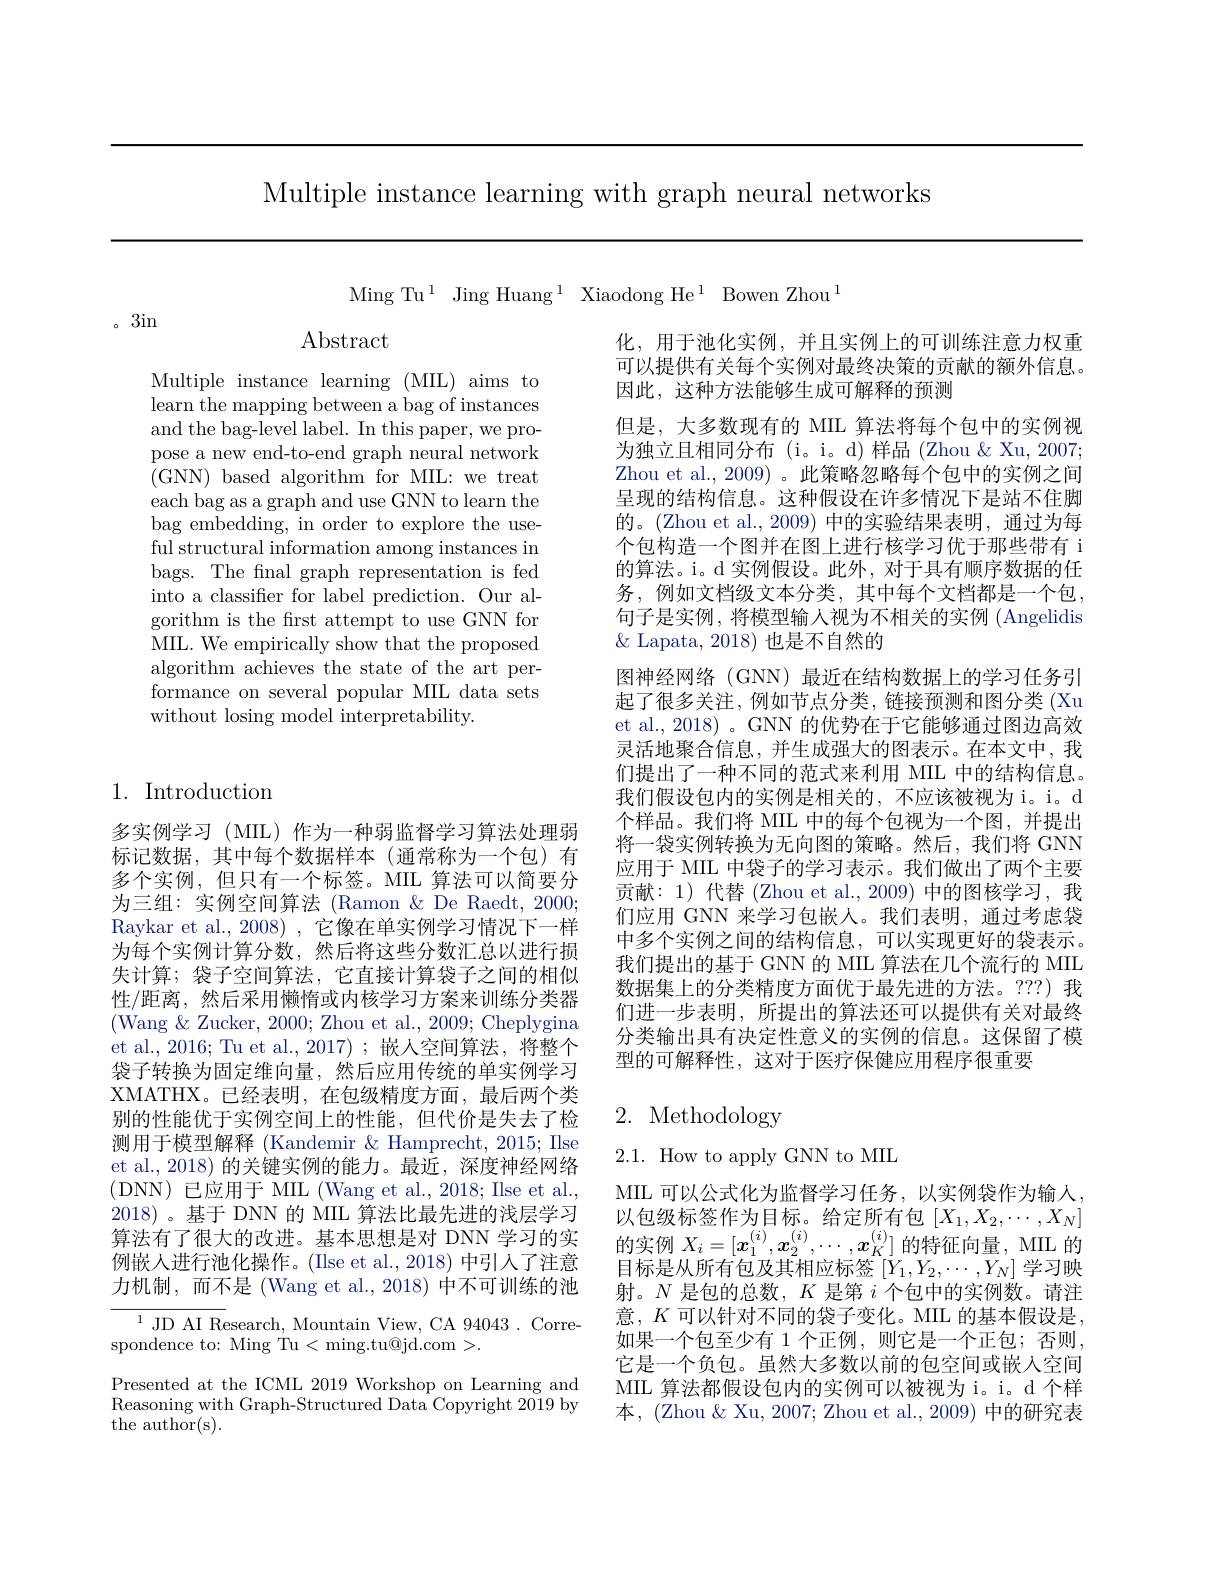
Multiple instance learning with graph neural networks

Ming Tu$^1$Jing Huang$^1$Xiaodong He$^1$Bowen Zhou$^1$

3in

$\operatorname{Abstract}$

Multiple instance learning (MIL) aims to learn the mapping between a bag of instances and the bag-level label. In this paper, we propose a new end-to-end graph neural network ( GNN) based algorithm for MIL: we treat each bag as a graph and use GNN to learn the bag embedding, in order to explore the useful structural information among instances in bags. The final graph representation is fed into a classifer for label prediction. Our algorithm is the first attempt to use GNN for MIL. We empirically show that the proposed algorithm achieves the state of the art performance on several popular MIL data sets without losing model interpretability.

1. Introduction

多实例学习(MIL)作为一种弱监督学习算法处理弱标记数据，其中每个数据样本(通常称为一个包)有多个实例，但只有一个标签。MIL 算法可以简要分为三组：实例空间算法 (Ramon & De Raedt, 2000; Raykar et al., 2008) , 它像在单实例学习情况下一样为每个实例计算分数，然后将这些分数汇总以进行损失计算；袋子空间算法，它直接计算袋子之间的相似性/距离，然后采用懒惰或内核学习方案来训练分类器(Wang & Zucker, 2000; Zhou et al., 2009; Cheplygina et al., 2016; Tu et al., 2017); 嵌人空间算法，将整个袋子转换为固定维向量，然后应用传统的单实例学习XMATHX。已经表明，在包级精度方面，最后两个类别的性能优于实例空间上的性能，但代价是失去了检测用于模型解释 (Kandemir & Hamprecht, 2015; Ilse et al.,2018) 的关键实例的能力。最近，深度神经网络(DNN)已应用于 MIL (Wang et al., 2018; Ilse et al., 2018) 。基 于 DNN 的 MIL 算 法 比 最 先 进 的 浅 层 学 习 以 包 级 标 签 作 为 目 标 。给 定 所 有 包 $[ X_{1}, X_{2}, \cdots , X_{N}]$ 算 法 有 了 很 大 的 改 进 。基 本 思 想 是 对 DNN 学 习 的 实 的 实 例 $X_{i}= [ x_{1}^{( i) }, x_{2}^{( i) }, \cdots , x_{K}^{( i) }]$的 特 征 向 量 , MIL 的
例嵌人进行池化操作。(Ilse et al.,2018)中引入了注意力机制，而不是 (Wang et al., 2018) 中不可训练的池$^{1}$JD AI Research, Mountain View, CA 94043. Correspondence to: Ming Tu< ming.tu@jd.com>.

Presented at the ICML 2019 Workshop on Learning and Reasoning with Graph-Structured Data Copyright 2019 by the author(s).

化，用于池化实例，并且实例上的可训练注意力权重可以提供有关每个实例对最终决策的贡献的额外信息。因此，这种方法能够生成可解释的预测
但是，大多数现有的 MIL 算法将每个包中的实例视为独立且相同分布(i。i。d)样品(Zhou & Xu, 2007; Zhou et al., 2009) 。此策略忽略每个包中的实例之间呈现的结构信息。这种假设在许多情况下是站不住脚的。(Zhou et al.,2009) 中的实验结果表明，通过为每个包构造一个图并在图上进行核学习优于那些带有 i 的算法。i。d 实例假设。此外，对于具有顺序数据的任务，例如文档级文本分类，其中每个文档都是一个包， 句子是实例，将模型输人视为不相关的实例(Angelidis $\&$ Lapata, 2018) 也是不自然的
图神经网络(GNN)最近在结构数据上的学习任务引起了很多关注，例如节点分类，链接预测和图分类 (Xu et al., 2018) 。GNN 的优势在于它能够通过图边高效灵活地聚合信息，并生成强大的图表示。在本文中，我们提出了一种不同的范式来利用 MIL 中的结构信息。我们假设包内的实例是相关的，不应该被视为 i。d 个样品。我们将 MIIL 中的每个包视为一个图，并提出将一袋实例转换为无向图的策略。然后，我们将 GNN 应用于 MIL 中袋子的学习表示。我们做出了两个主要贡献：1)代替(Zhou et al.,2009)中的图核学习，我们应用 GNN 来学习包嵌人。我们表明，通过考虑袋中多个实例之间的结构信息，可以实现更好的袋表示。我们提出的基于 GNN 的 MIL 算法在几个流行的 MIIL 数据集上的分类精度方面优于最先进的方法。???) 我们进一步表明，所提出的算法还可以提供有关对最终分类输出具有决定性意义的实例的信息。这保留了模型的可解释性，这对于医疗保健应用程序很重要

# 2. Methodology

2.1.How to apply GNN to MIL

MIL 可以公式化为监督学习任务，以实例袋作为输入， 目标是从所有包及其相应标签$[Y_1,Y_2,\cdots,Y_N]$学习映射。$N$是包的总数，$K$是第$i$个包中的实例数。请注意，$K$可以针对不同的袋子变化。MIL 的基本假设是如果一个包至少有 1 个正例，则它是一个正包；否则， 它是一个负包。虽然大多数以前的包空间或嵌人空间MIL 算法都假设包内的实例可以被视为 i。i。d 个样本，(Zhou&Xu,2007; Zhou et al., 2009) 中的研究表